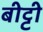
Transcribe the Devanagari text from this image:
बीट्टी